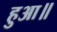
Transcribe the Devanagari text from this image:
हुआ॥